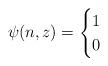
LaTeX: \begin{align*} \psi(n,z)= \begin{cases} 1 & \\ 0 & \end{cases} \end{align*}